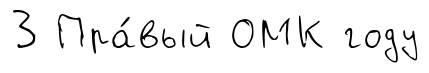
3 Пра́вый ОМК году